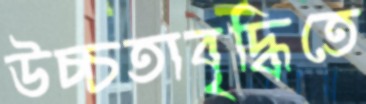
উচ্চতাবৃদ্ধিতে